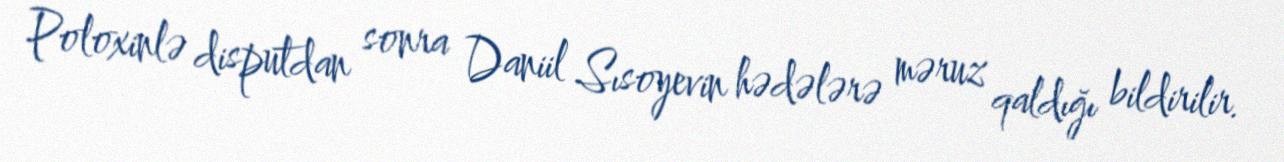
Poloxinlə disputdan sonra Daniil Sısoyevin hədələrə məruz qaldığı bildirilir.